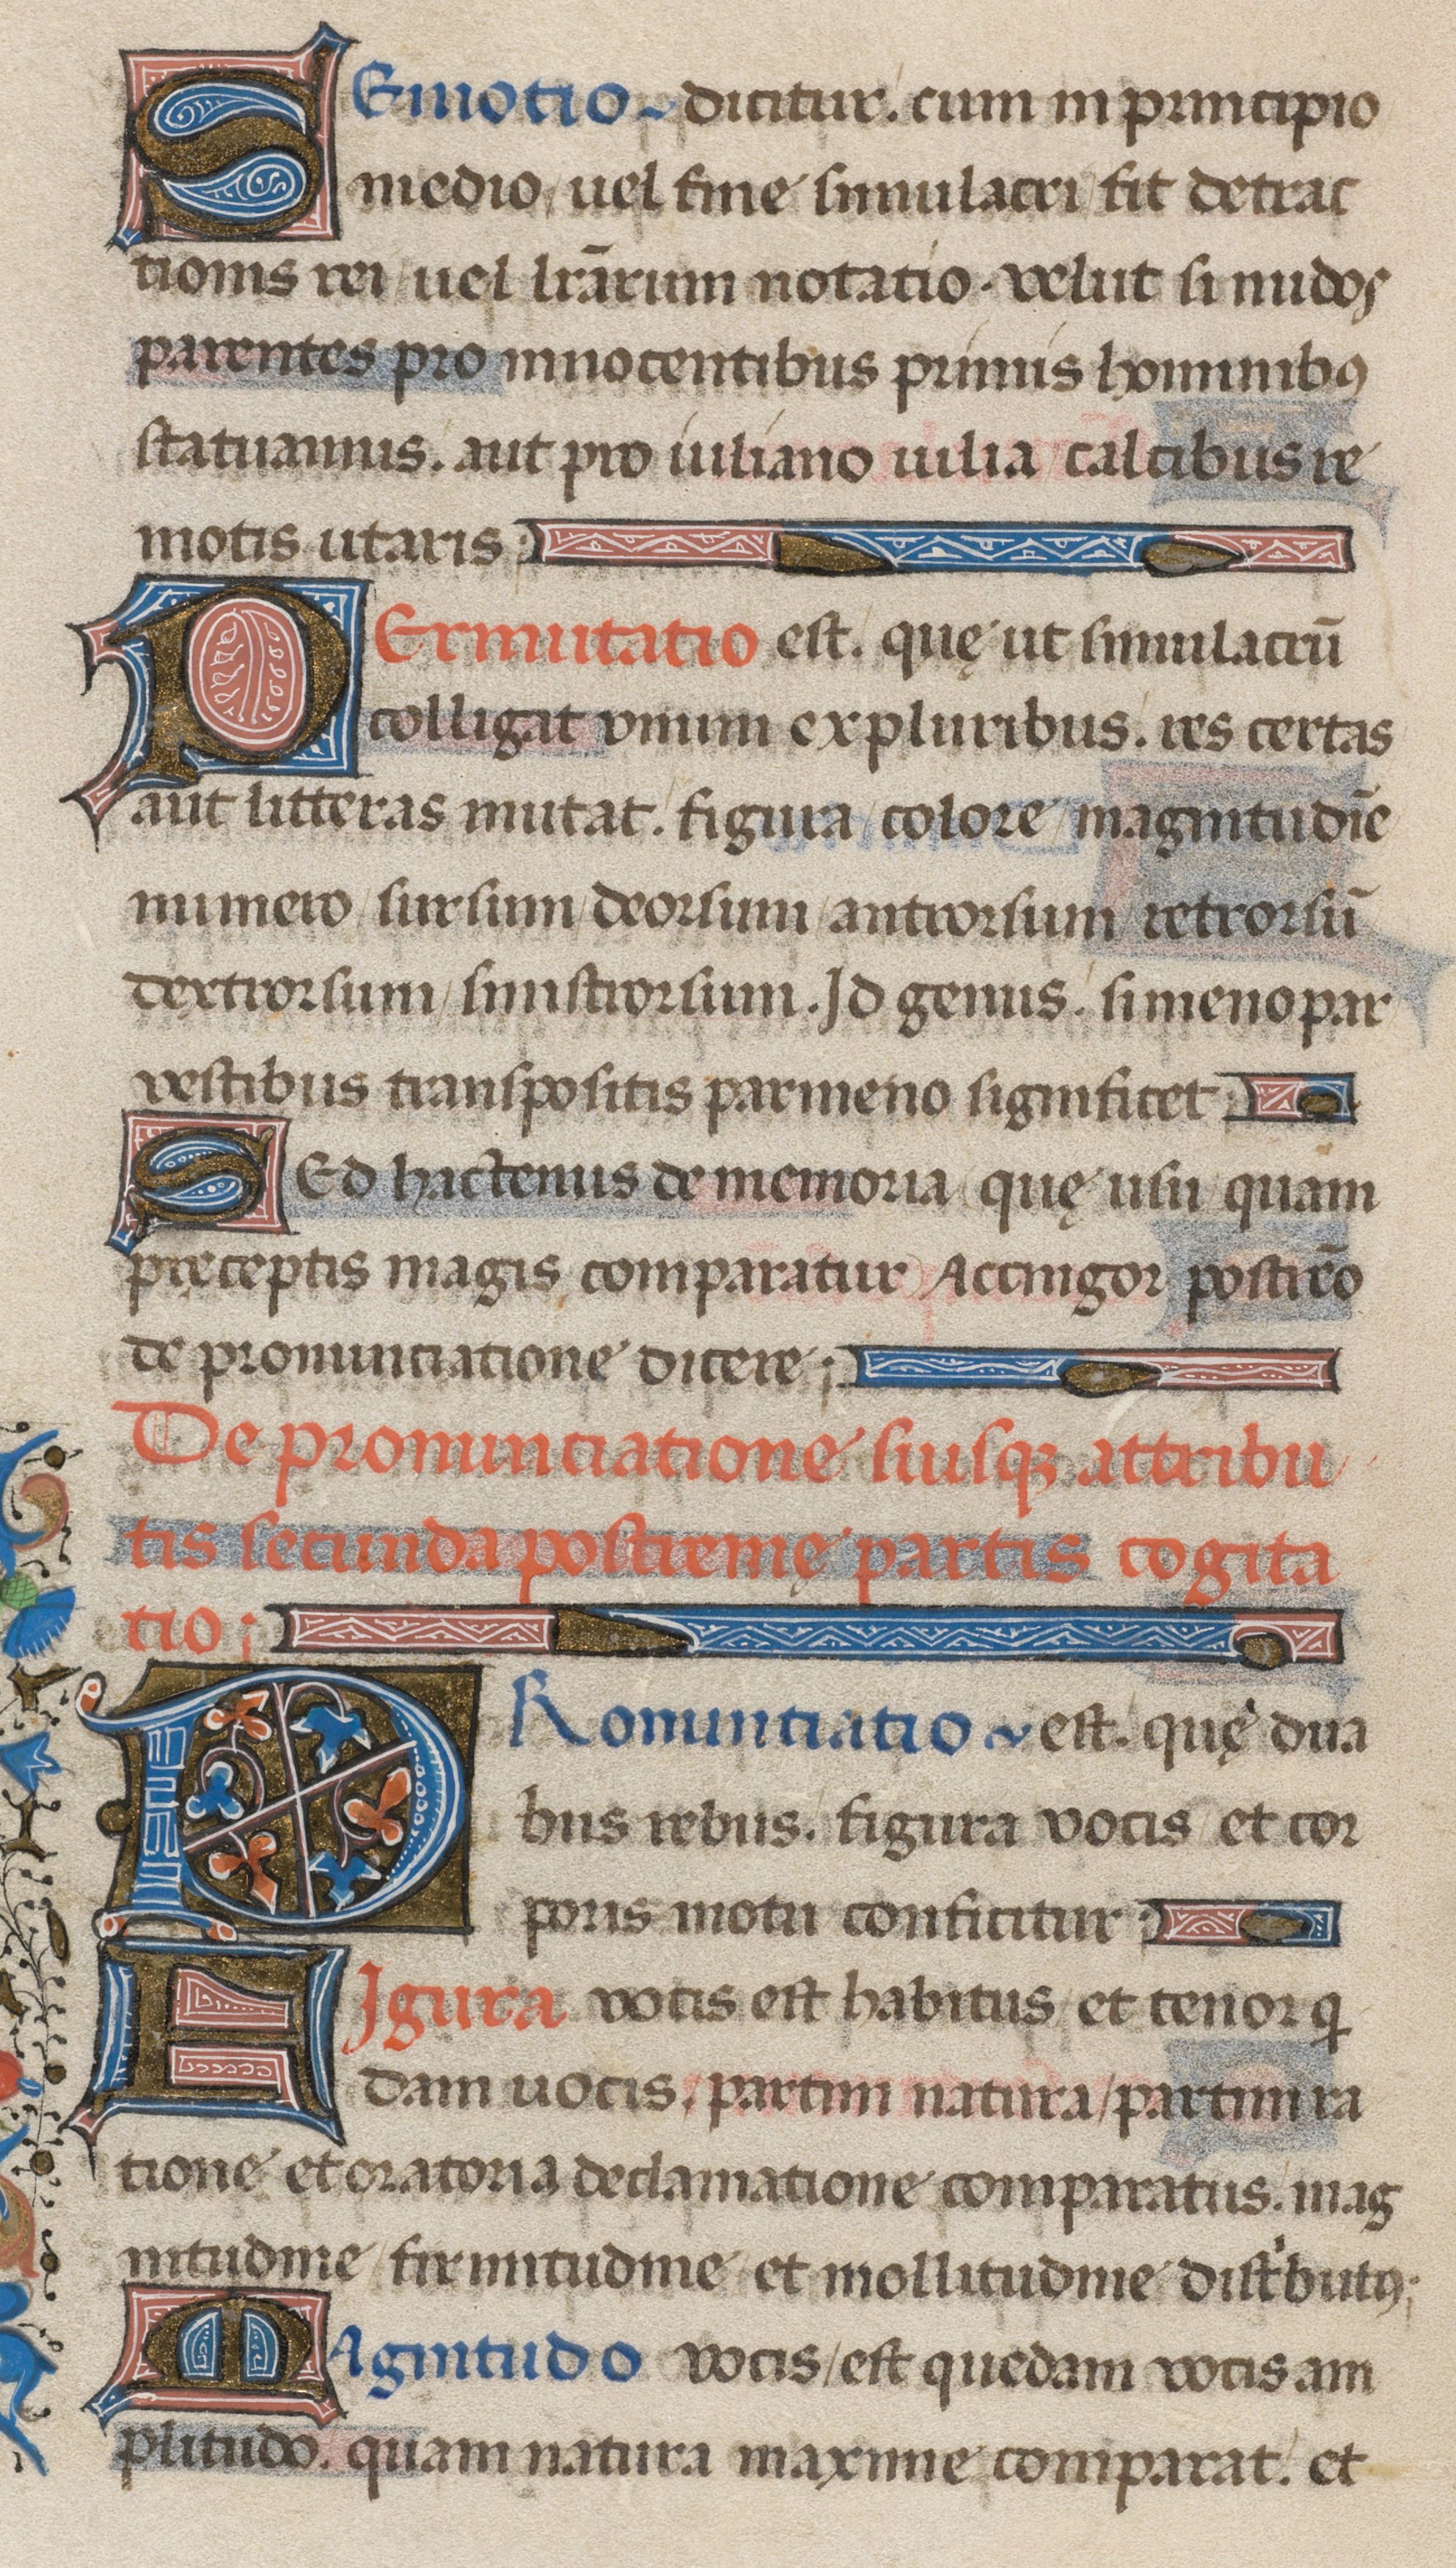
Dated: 1471–1471